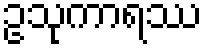
ဥသုကာရဿ